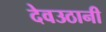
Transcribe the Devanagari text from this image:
देवउठानी